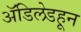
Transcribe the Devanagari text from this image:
ॲडिलेडहून